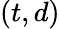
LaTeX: (t,d)